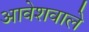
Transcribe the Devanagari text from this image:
आवेशवाले